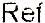
REF